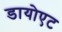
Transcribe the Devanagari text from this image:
डायोएट